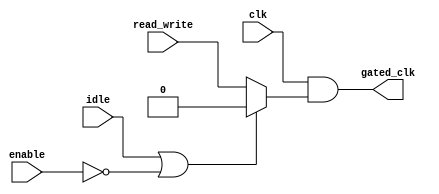
module dynamic_clock_gating (
    input wire clk,                // Main clock input
    input wire enable,             // Enable signal for memory block
    input wire read_write,         // Signal indicating read/write operation
    input wire idle,               // Signal indicating idle state
    output wire gated_clk          // Gated clock output
);

    // Gating signal generation logic
    reg gating_signal;

    always @(*) begin
        // Generate gating signal based on read/write and idle signals
        if (idle || !enable) begin
            gating_signal = 1'b0; // Disable clock if idle or not enabled
        end else begin
            gating_signal = read_write; // Enable clock if read/write is active
        end
    end

    // Clock gating cell using AND gate
    assign gated_clk = clk & gating_signal;

endmodule